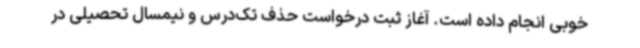
خوبی انجام داده است. آغاز ثبت درخواست حذف تک‌درس و نیمسال تحصیلی در